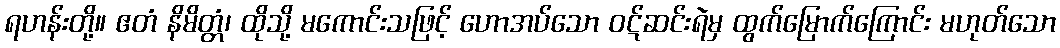
ရဟန်းတို့။ ဧတံ နိမိတ္တံ၊ ထိုသို့ မကောင်းသဖြင့် ဟောအပ်သော ဝဋ်ဆင်းရဲမှ ထွက်မြောက်ကြောင်း မဟုတ်သော